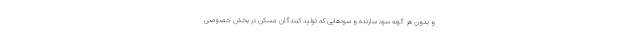
و بدون هر گونه سود سازنده و سودهایی که تولید کنندگان مسکن در بخش خصوصی